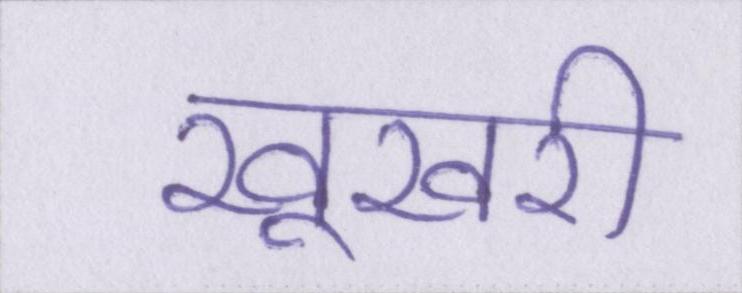
खूखरी